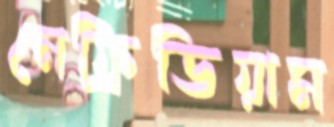
নেফ্রিডিয়াম